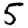
Digit: 5